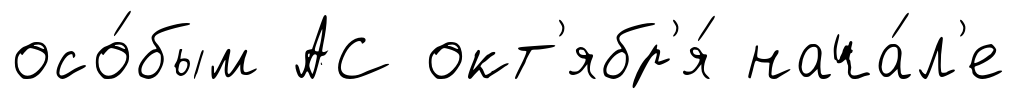
осо́бым АС окт'ябр'я́ нача́л'е